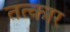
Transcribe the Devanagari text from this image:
तत्कार